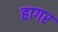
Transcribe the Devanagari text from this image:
हागर